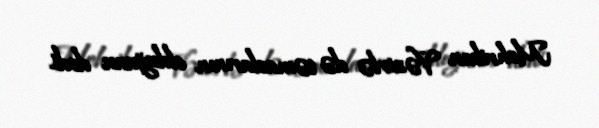
Mehriban Vəzirlə də təmaslarının olduğunu dedi.